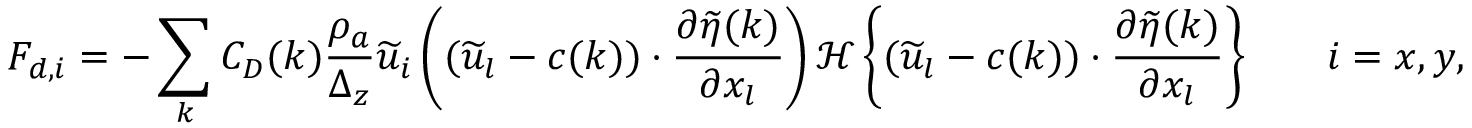
F _ { d , i } = - \sum _ { k } C _ { D } ( k ) \frac { \rho _ { a } } { \Delta _ { z } } \widetilde { u } _ { i } \left( ( \widetilde { u } _ { l } - c ( k ) ) \cdot \frac { \partial \widetilde { \eta } ( k ) } { \partial x _ { l } } \right) { \mathcal { H } \left\{ ( \widetilde { u } _ { l } - c ( k ) ) \cdot \frac { \partial \widetilde { \eta } ( k ) } { \partial x _ { l } } \right\} } \qquad i = x , y ,